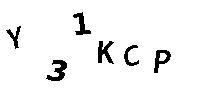
Y31KCP